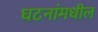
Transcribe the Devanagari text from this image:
घटनांमधील